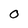
Character: O